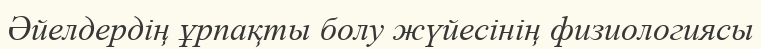
Әйелдердің ұрпақты болу жүйесінің физиологиясы